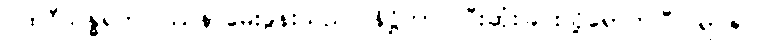
ပထဝီသန္ဓရကပြဿနာမေးခွန်းသည်။ နိဋ္ဌိတာ၊ ပြီးဆုံးခြင်းသို့ရောက်ပြီ။ ရာဇာ၊